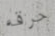
حرقه